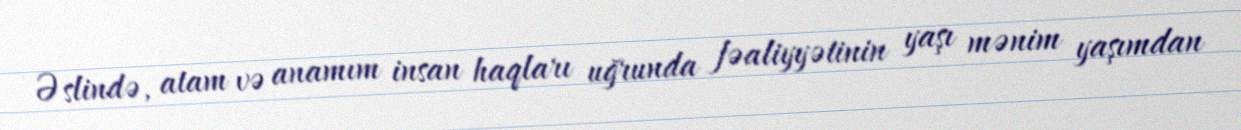
Əslində, atam və anamım insan haqları uğrunda fəaliyyətinin yaşı mənim yaşımdan